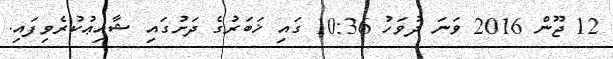
12 ޖޫން 2016 ވަނަ ދުވަހު 10:36 ގައި ޚަބަރުގެ ދަށުގައި ޝާއިޢުކުރެވިފައި.